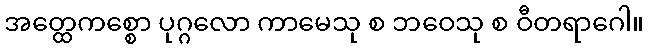
အတ္ထေကစ္စော ပုဂ္ဂလော ကာမေသု စ ဘဝေသု စ ဝီတရာဂေါ။